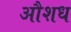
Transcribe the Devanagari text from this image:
औशध